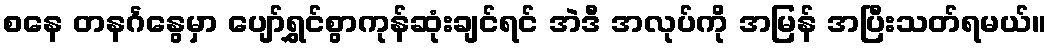
စနေ တနင်္ဂနွေမှာ ပျော်ရွှင်စွာကုန်ဆုံးချင်ရင် အဲဒီ အလုပ်ကို အမြန် အပြီးသတ်ရမယ်။